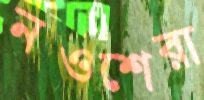
নওশেরা